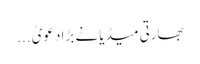
بھارتی میڈیا نے بڑا دعویٰ ...